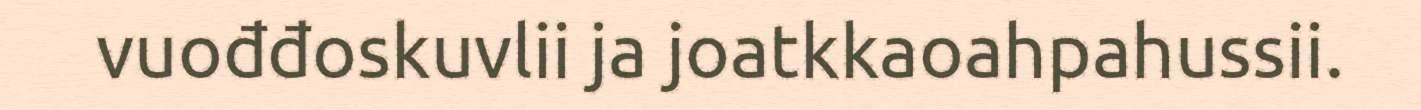
vuođđoskuvlii ja joatkkaoahpahussii.